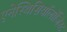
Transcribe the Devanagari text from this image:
एनेस्थिसियॉलॉजिस्ट